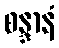
စန္ဒာနံ